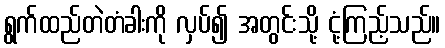
ရွက်ထည်တဲတံခါးကို လှပ်၍ အတွင်းသို့ ငုံ့ကြည့်သည်။